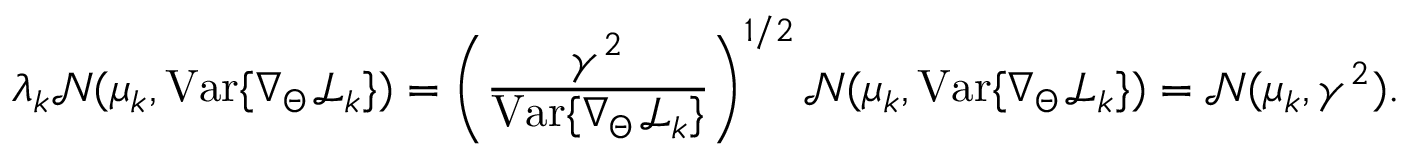
\lambda _ { k } \mathcal { N } ( \mu _ { k } , \mathrm { V a r } \{ \nabla _ { \Theta } \mathcal { L } _ { k } \} ) = \left( \frac { \gamma ^ { 2 } } { \mathrm { V a r } \{ \nabla _ { \Theta } \mathcal { L } _ { k } \} } \right) ^ { 1 / 2 } \mathcal { N } ( \mu _ { k } , \mathrm { V a r } \{ \nabla _ { \Theta } \mathcal { L } _ { k } \} ) = \mathcal { N } ( \mu _ { k } , \gamma ^ { 2 } ) .